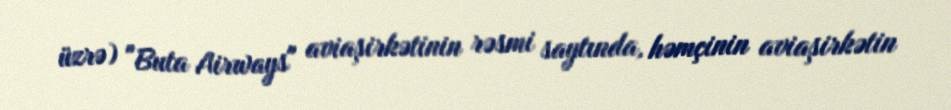
üzrə) "Buta Airways" aviaşirkətinin rəsmi saytında, həmçinin aviaşirkətin